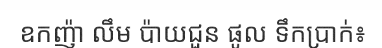
ឧកញ៉ា លឹម ប៉ាយជួន ផូល ទឹកប្រាក់៖